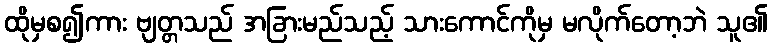
ထိုမှစ၍ကား ဗျတ္တသည် အခြားမည်သည့် သားကောင်ကိုမှ မလိုက်တော့ဘဲ သူ၏